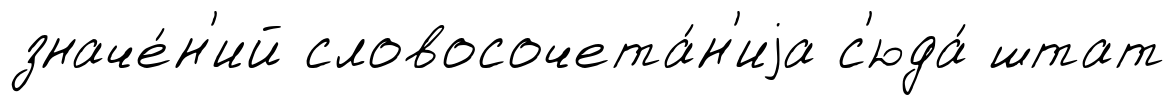
значе́н'ий словосочета́н'иjа с'юда́ штат